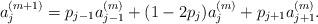
LaTeX: \begin{align*}a_j^{(m+1)}=p_{j-1}a_{j-1}^{(m)}+(1-2p_j)a_j^{(m)}+p_{j+1}a_{j+1}^{(m)}.\end{align*}